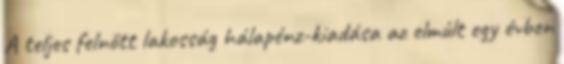
A teljes felnőtt lakosság hálapénz-kiadása az elmúlt egy évben